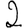
Digit: 2